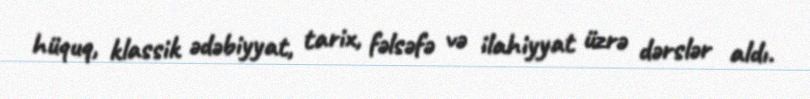
hüquq, klassik ədəbiyyat, tarix, fəlsəfə və ilahiyyat üzrə dərslər aldı.